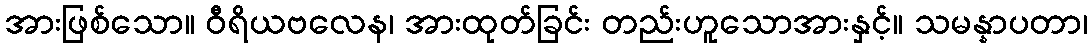
အားဖြစ်သော။ ဝီရိယဗလေန၊ အားထုတ်ခြင်း တည်းဟူသောအားနှင့်။ သမန္နာပတာ၊